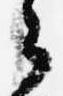
ら